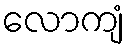
လောကျံ